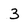
Character: 3